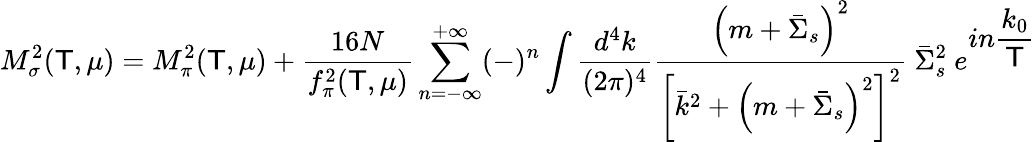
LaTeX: M_{\sigma}^{2}(\mathsf{T},\mu)=M_{\pi}^{2}(\mathsf{T},\mu)+{\frac{{16N}}{{f_{\pi}^{2}(\mathsf{T},\mu)}}}\sum_{n=-\infty}^{+\infty}(-)^{n}\int{\frac{{d^{4}k}}{{(2\pi)^{4}}}}{\frac{{\left(m+{\bar{{\Sigma}}}_{s}\right)^{2}}}{{\left[{\bar{{k}}}^{2}+\left(m+{\bar{{\Sigma}}}_{s}\right)^{2}\right]^{2}}}}~{\bar{{\Sigma}}}_{s}^{2}~e^{\displaystyle{in{\frac{{k_{0}}}{{\mathsf{T}}}}}}